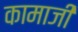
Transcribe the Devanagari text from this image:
कामाजी